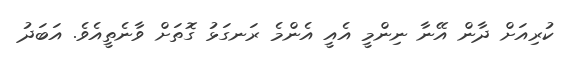
ކުރިއަށް ދާން އޭނާ ނިންމީ އެއީ އެންމެ ރަނގަޅު ގޮތަށް ވާނެތީއެވެ. އަބަދު